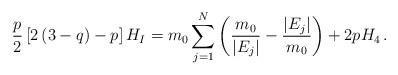
LaTeX: \begin{align*}\frac{p}{2}\left[2\left(3-q\right)-p\right]H_I=m_0\sum_{j=1}^N\left(\frac{m_0}{\vert E_j\vert}-\frac{\vert E_j\vert}{m_0}\right)+2pH_4\,.\end{align*}